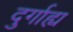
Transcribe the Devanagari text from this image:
दुर्गाह्य